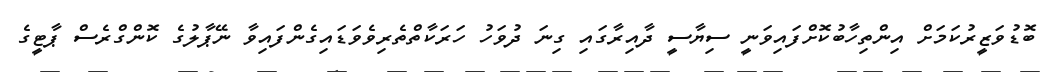
ބޮޑުވަޒީރުކަމަށް އިންތިހާބުކޮށްފައިވަނީ ސިޔާސީ ދާއިރާގައި ގިނަ ދުވަހު ހަރަކާތްތެރިވެވަޑައިގެންފައިވާ ނޭޕާލުގެ ކޮންގްރެސް ޕާޓީގެ